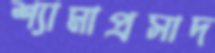
শ্যামাপ্রসাদ